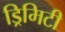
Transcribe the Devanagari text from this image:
ड्रिमिटी